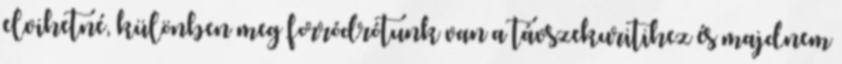
elvihetné, különben meg forródrótunk van a távszekuritihez és majdnem